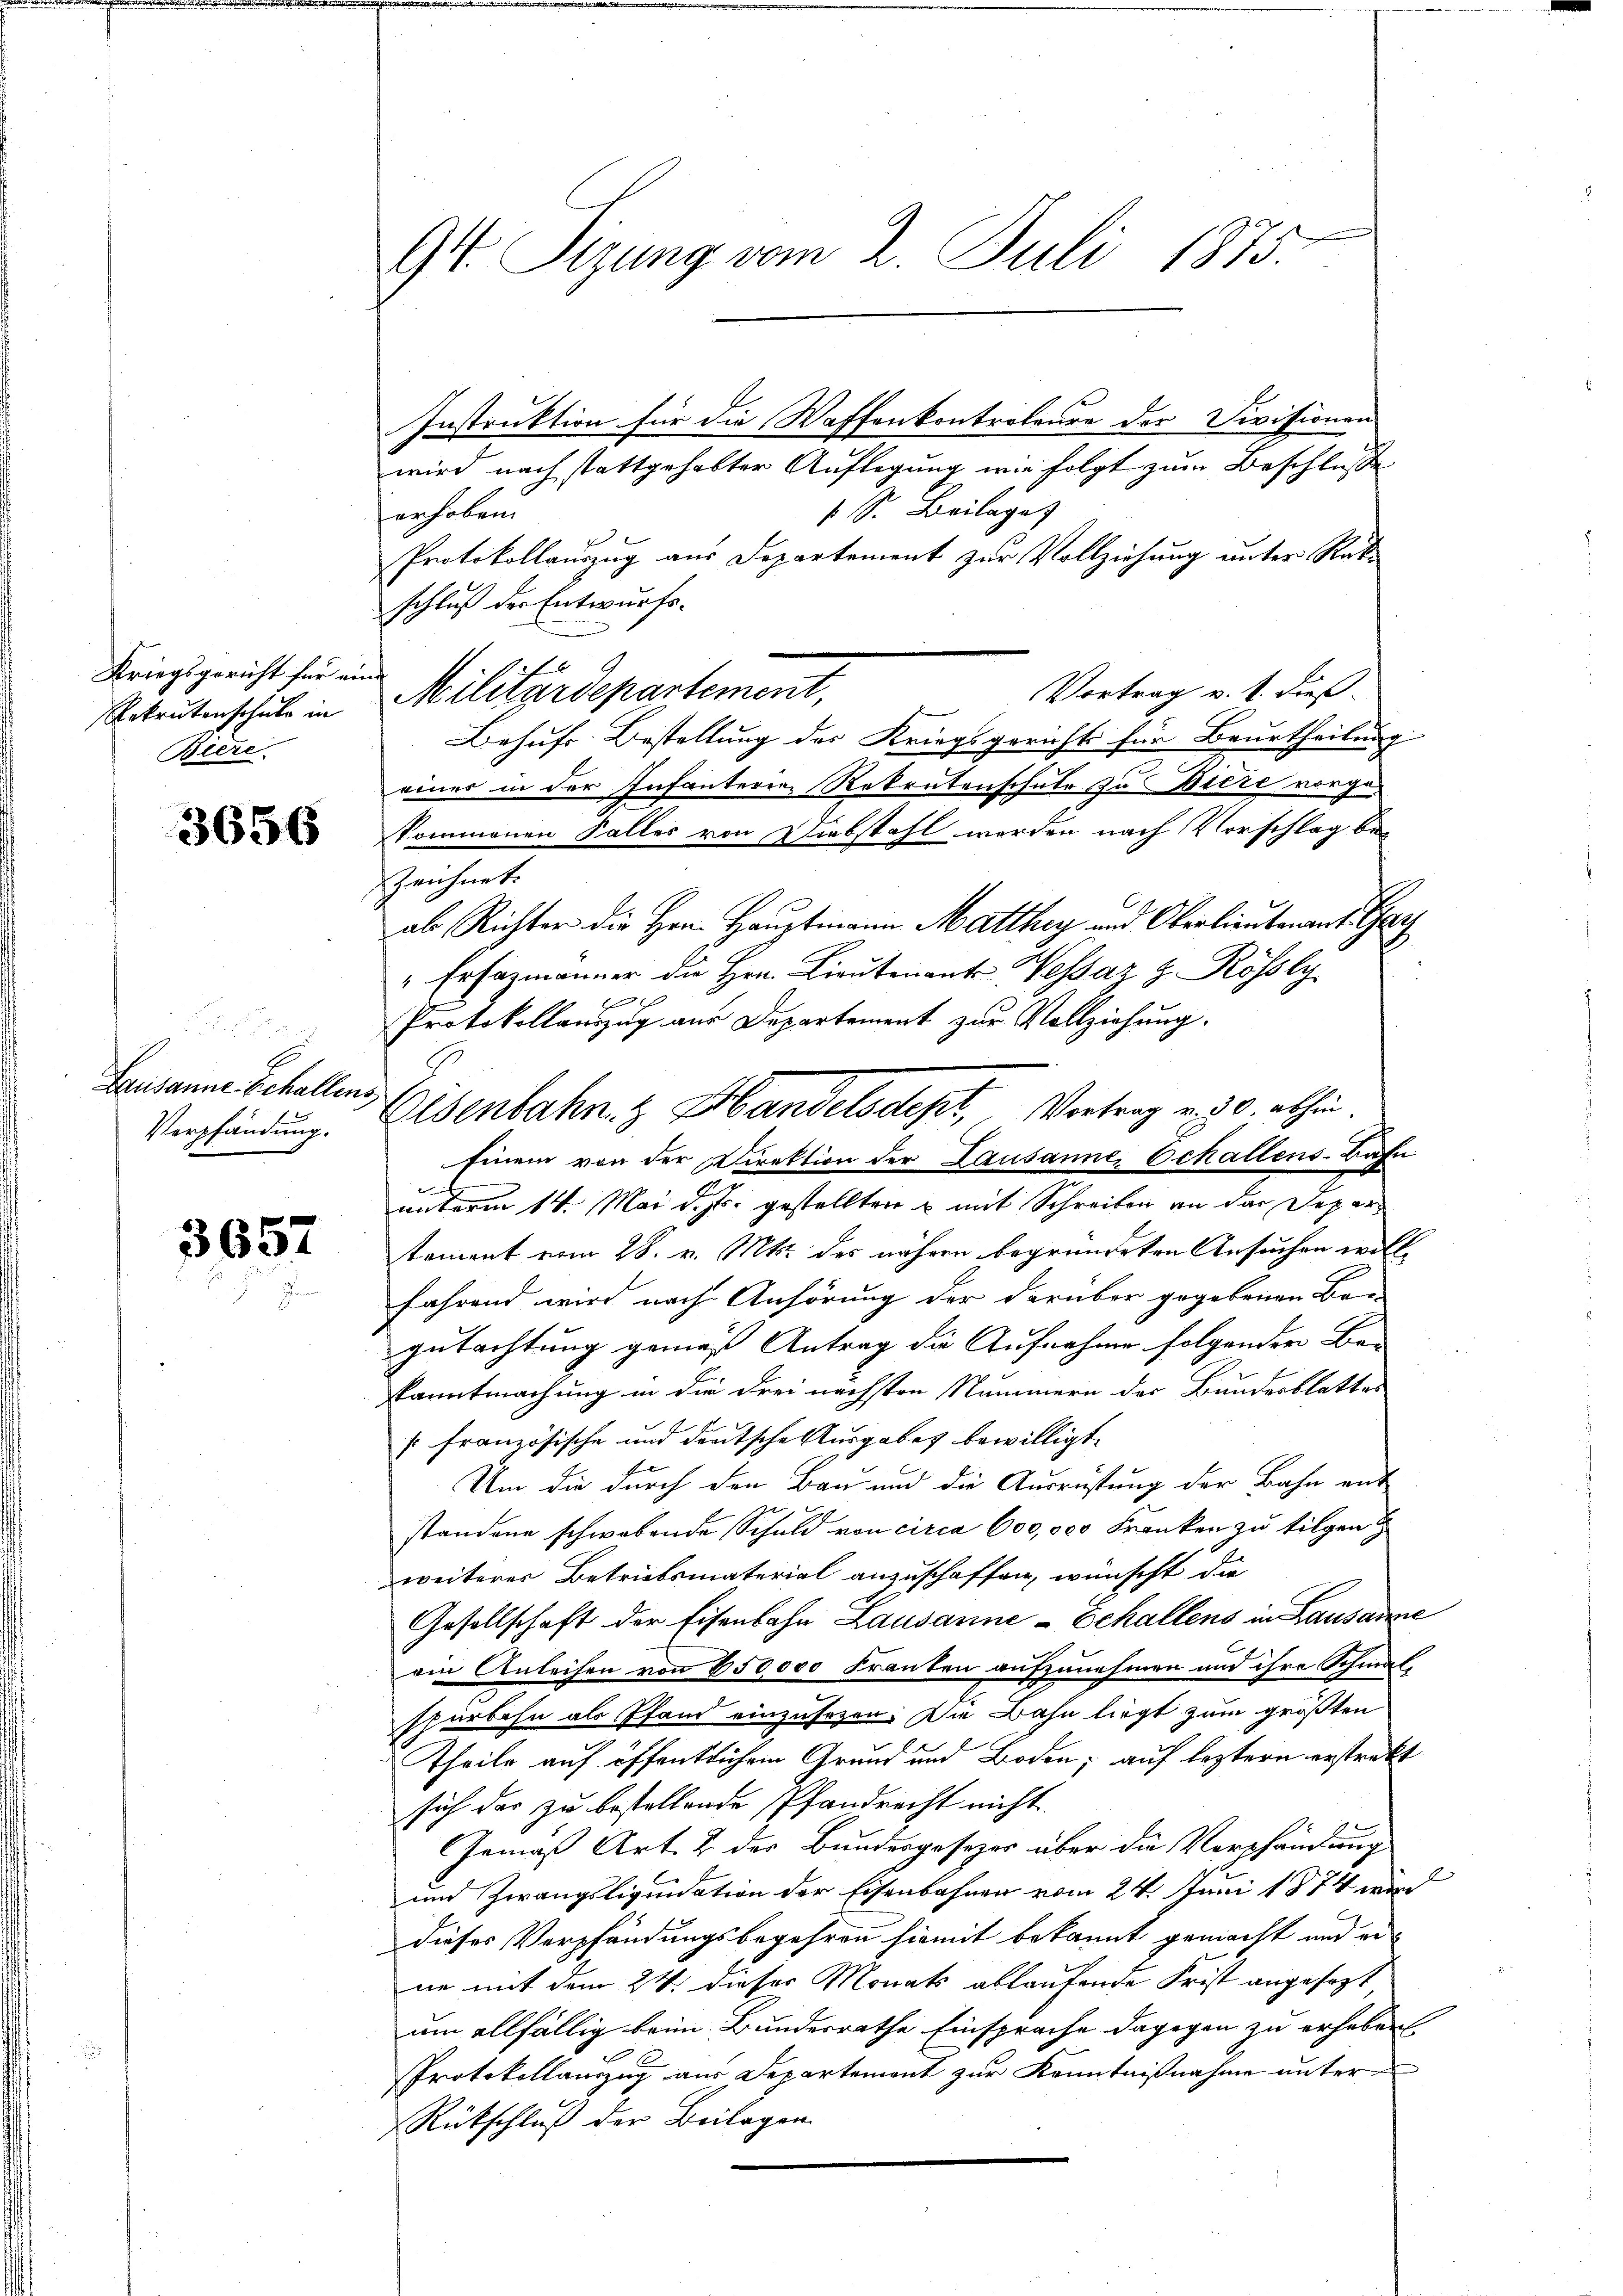
Kriegsgericht für eine
Rekrutenschule in
Biere.

3656

E
Lausanne-Echallens
Verpfändung.

3657

94. Sizung vom 2. Juli 1875.

Instruktion für die Waffenkontroloure der Divisionen
wird nach stattgehabter Auflegung wir folgt zum Beschluße
1 S. Beilages
erhoben
Protokollauszug aus Departement zur Vollziehung unter Ratschluß der Entwurfs-
Vortrag v. 1. dieß
Militärdepartement,
Behufs Bestellung der Kriegsgerichts für Beurtheilung
eines in der Infanterie Rekrutenschule zu Biere vorgekommenen Falles von Diebstahl werden nach Vorschlag bei
zeichnet.
ab Richter die Hrn. Hauptmann Matthey und Oberlieutenant Gay
" Er sazmanner die Hrn. Lieutenante Wessaz z. Rössly
b
Protokollauszug aus Departement zur Vollziehung.
Einem von der Direktion der Lausanne, Echallens-Bahn
unterm 14. Mai d. Js. gestellten & mit Schreiben an der Departoment vom 28. v. Mts. des nähern begründeten Ansuchen wolle
fährend wird nach Anhörung der darüber gegebenen Ber
gutachtung gemäß Antrag die Aufnahme folgender Be-
kanntmachung in die drei nächsten Nummern der Bundesblattes
französische und deutsche Ausgabes bewilligt.
Um die durch den Bau und die Ausrüstung der Bahn ent
standene schwabende Schuld von circa 600,000 Franken zu tilgen
weiteres Betriebsmaterial anzuschaffen, wünscht da
Gesellschaft der Eisenbahn Lausanne-Echallens in Lausanne
ein Anleihen von 650,000 Franken aufzunehmen und ihre Schmal,
spürbahn als Pfand einzusehen. Die Bahn liegt zum größten
Theile auf öffentlichem Grund und Boden; auf leztern erstrakt
sich der zu bestellende Pfandrecht nicht.
Gemäß Art. 2 des Bundesgesezes über die Verpfändung
und Zwangsliquidation der Eisenbahnen vom 24. Juni 1874 wird
dieses Verpfändungsbegehren hiemit bekannt gemacht und erne mit dem 24. dieser Monats ablaufende Frist angesagt
am allfällig beim Bundesrathe Einsprache dagegen zu erheben.
Protokollauszug aus Departement zur Kenntnißnahme unter
Rückschluß der Beilagen

Elsenbahn z Handelsdept, Vortrag v. 30. abhin